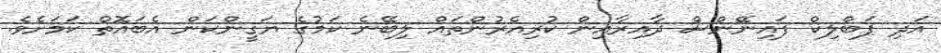
އަދި ޕަބްލިކް ފައިނޭންސް ދާއިރާއިން ކުރިއެރުންތައް ލިބޭނެ ކަމުގެ ޔަގީންކަން އެބައޮތް ކަމަށެވެ.